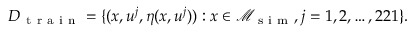
D _ { \mathrm { ~ t ~ r ~ a ~ i ~ n ~ } } = \{ ( x , u ^ { j } , \eta ( x , u ^ { j } ) ) : x \in \mathcal { M } _ { \mathrm { ~ s ~ i ~ m ~ } } , j = 1 , 2 , \ldots , 2 2 1 \} .